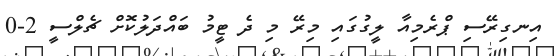
އިނގިރޭސި ޕްރެމިއާ ލީގުގައި މިރޭ މި ދެ ޓީމު ބައްދަލުކޮށް ޗެލްސީ 2-0